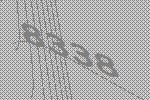
8338